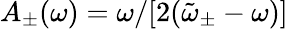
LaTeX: A_{\pm}(\omega)=\omega/[2(\tilde{\omega}_{\pm}-\omega)]